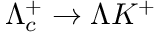
\Lambda _ { c } ^ { + } \to \Lambda K ^ { + }